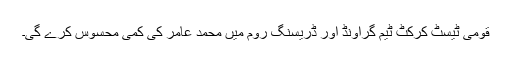
قومی ٹیسٹ کرکٹ ٹیم گراونڈ اور ڈریسنگ روم میں محمد عامر کی کمی محسوس کرے گی۔